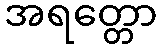
အရတ္တော